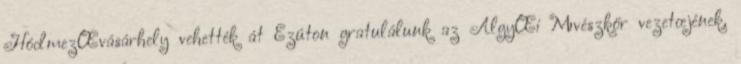
HódmezŒvásárhely vehették át Ezúton gratulálunk az AlgyŒi Mıvészkör vezetœjének,